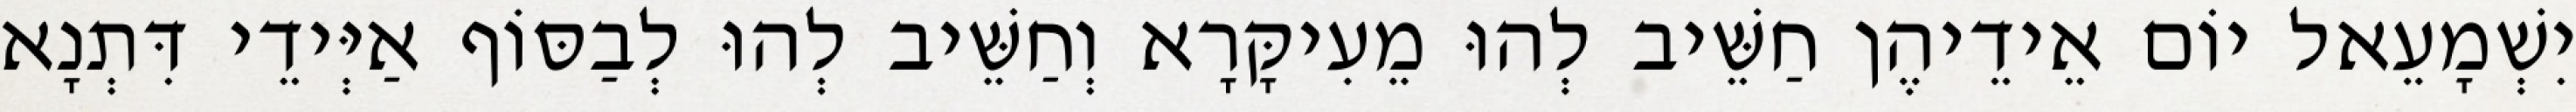
יִשְׁמָעֵאל יוֹם אֵידֵיהֶן חַשֵּׁיב לְהוּ מֵעִיקָּרָא וְחַשֵּׁיב לְהוּ לְבַסּוֹף אַיְּידֵי דִּתְנָא